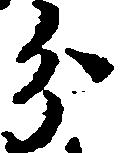
分